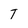
Character: T